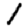
Digit: 1